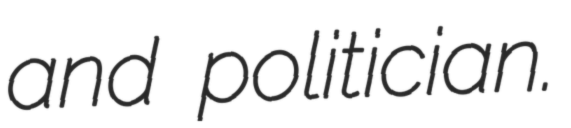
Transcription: and politician.